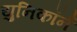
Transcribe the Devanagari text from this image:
युनिकॉर्न